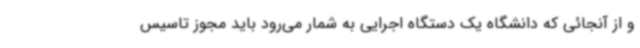
و از آنجائی که دانشگاه یک دستگاه اجرایی به شمار می‌رود باید مجوز تاسیس